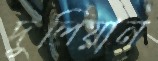
দুপিয়ান